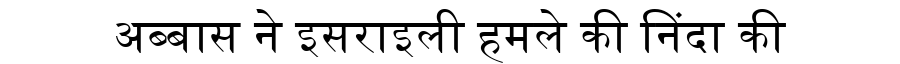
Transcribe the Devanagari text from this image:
अब्बास ने इसराइली हमले की निंदा की